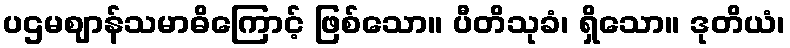
ပဌမဈာန်သမာဓိကြောင့် ဖြစ်သော။ ပီတိသုခံ၊ ရှိသော။ ဒုတိယံ၊